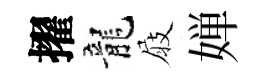
擢龍屐婵